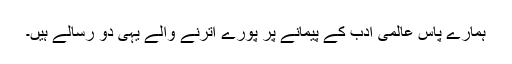
ہمارے پاس عالمی ادب کے پیمانے پر پورے اترنے والے یہی دو رسالے ہیں۔